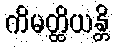
ကိမတ္ထိယန္တိ